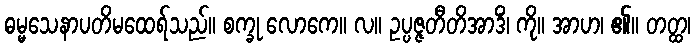
ဓမ္မသေနာပတိမထေရ်သည်။ စက္ခု လောကေ။ လ။ ဥပ္ပဇ္ဇတီတိအာဒိံ၊ ကို။ အာဟ၊ ၏။ တတ္ထ၊